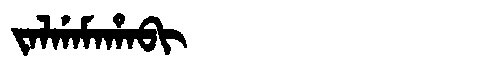
Manchu: ᠵᠠᠯᡤᠠᠮᠠᡥᠠᠪᡳ
Romanization: JALGAMAHABI